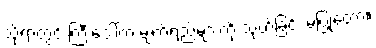
သို့ရာတွင် ကြီးဒေါ်က မျက်ရည်များကို သုတ်ခြင်း မပြုတော့။